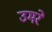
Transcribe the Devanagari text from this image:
उमरे